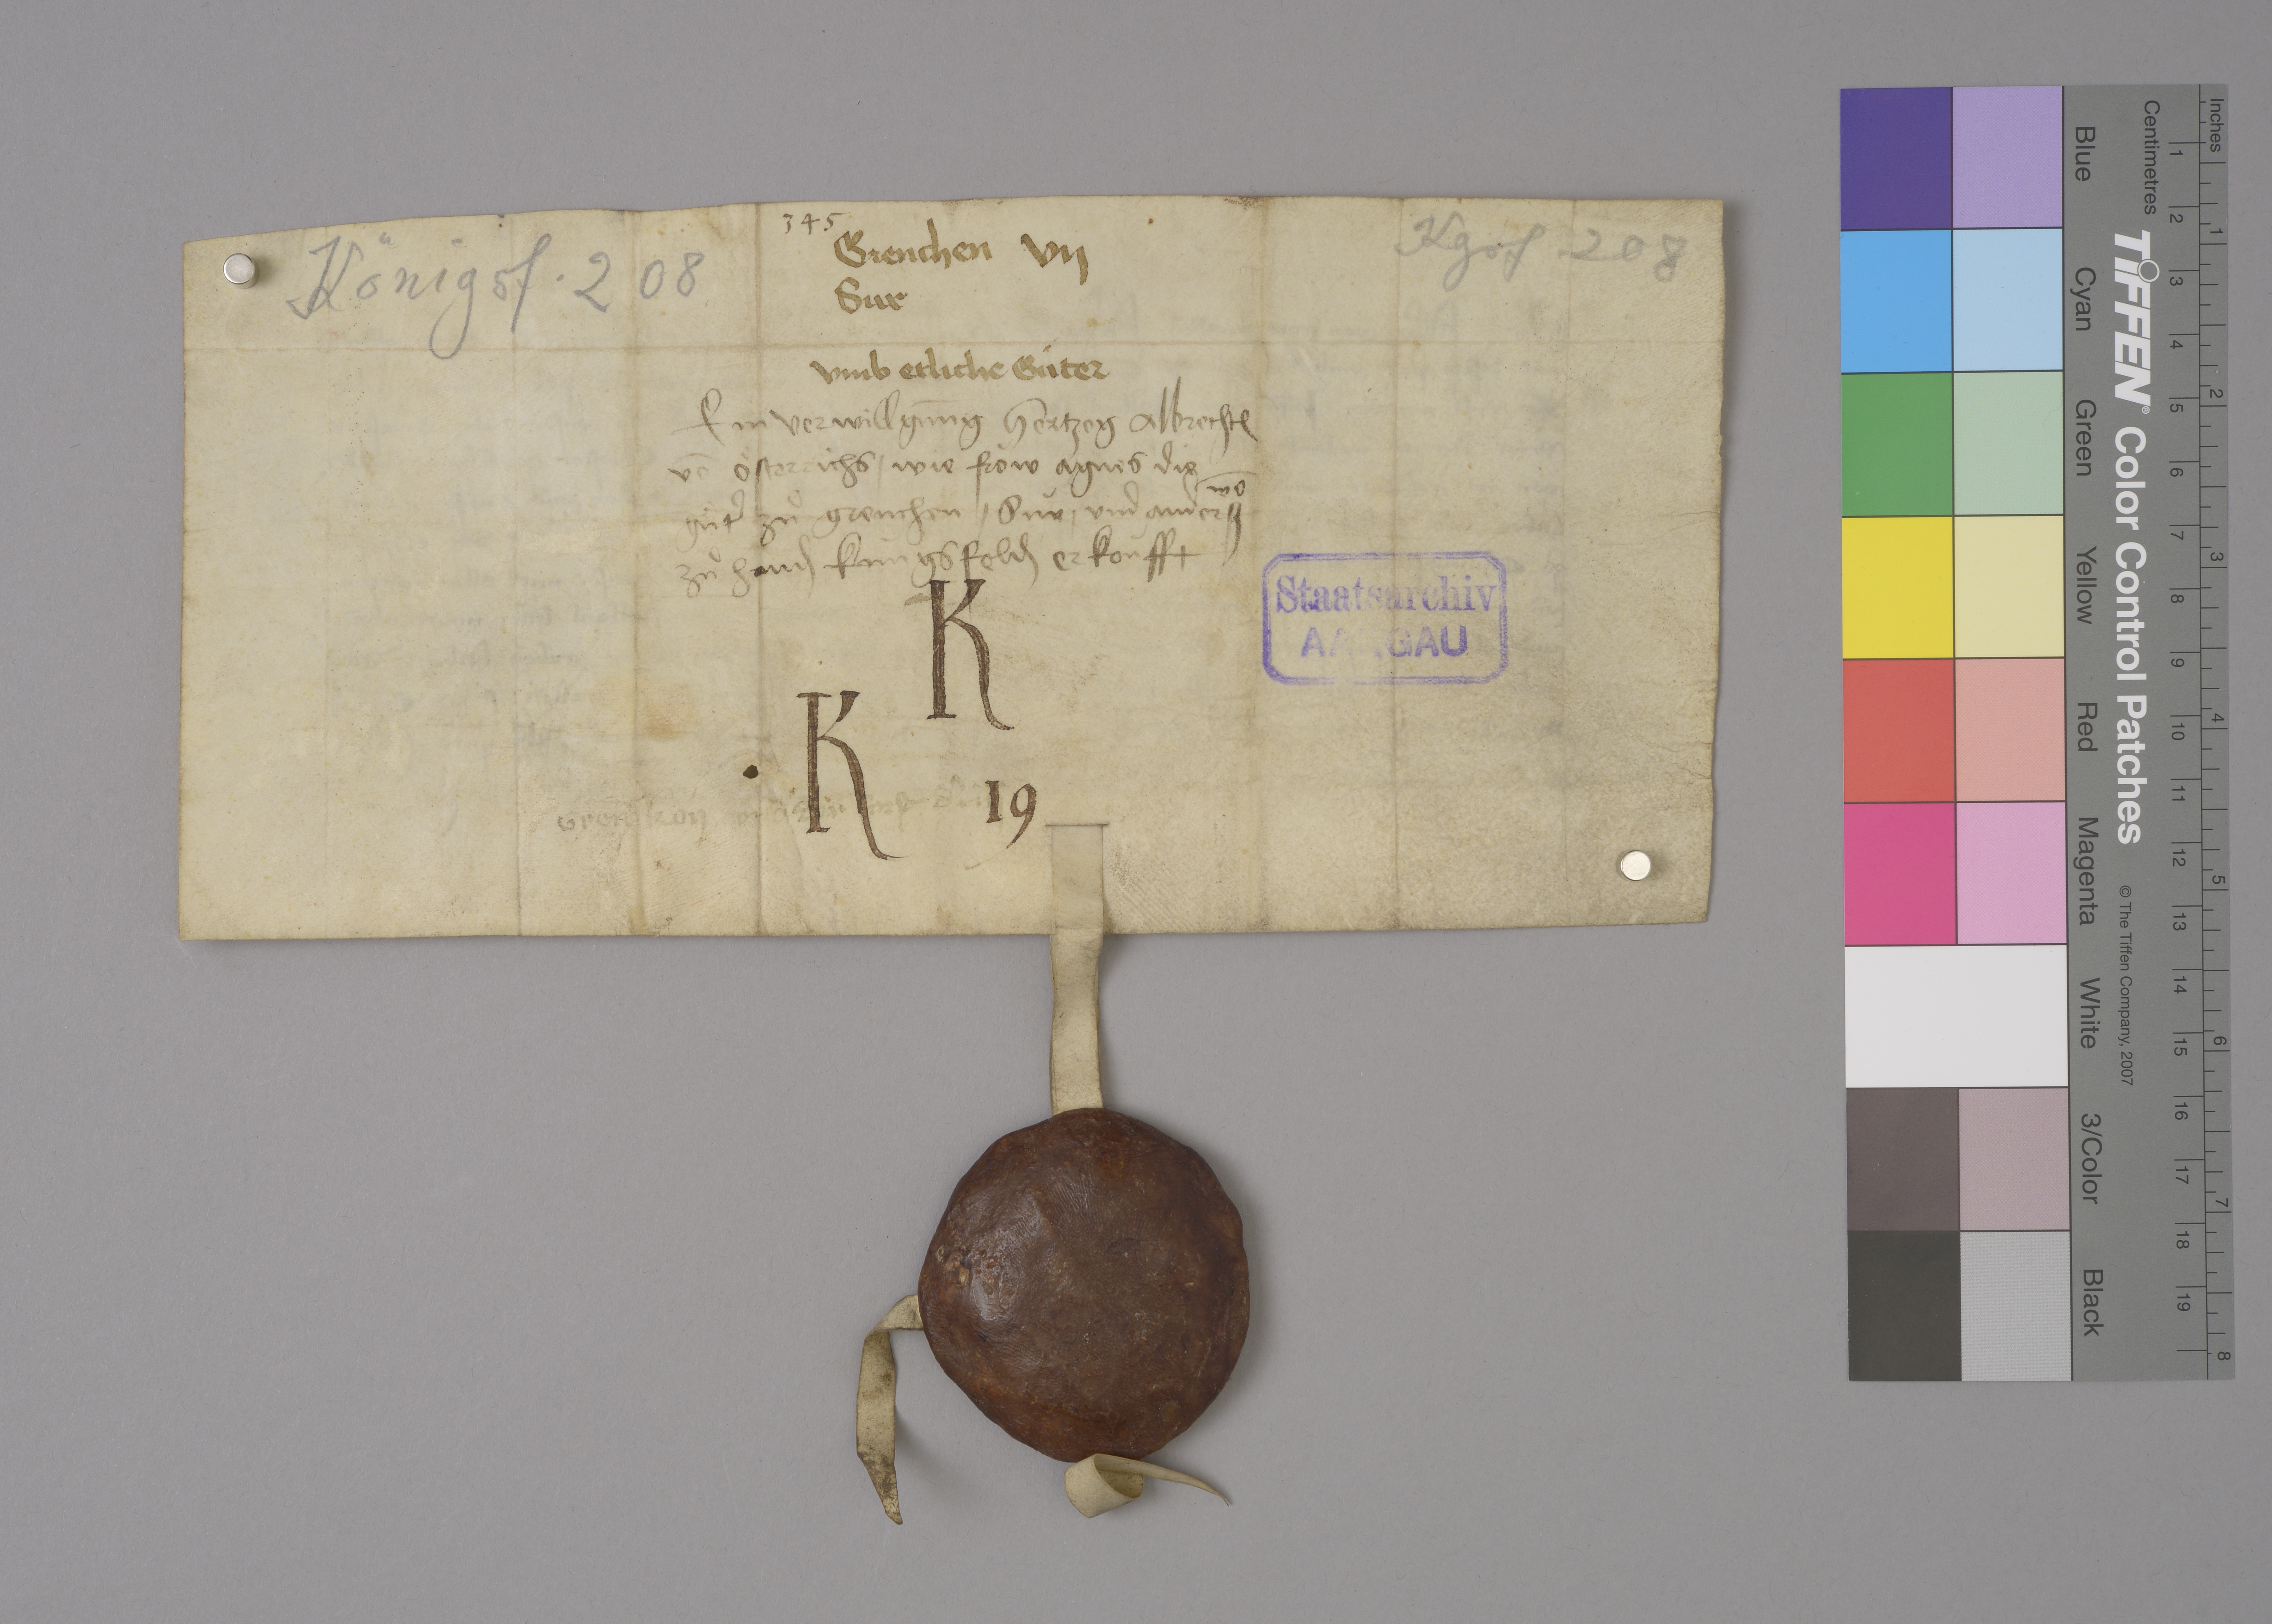
Transcription:
345

Kgsf. 208

Grenchen vij
Sur
umb etliche guͤter

Königsf. 208

ein verwillgùng hertzog Albrecht₎
vō Oͤsterrichs ✳ wie fròw Agnes die
guͤtˀ zuͦ Grenchen ✳ Sùr ✳ und andersz wo
zuͦ hand₎ Kùngsfeld₎ erkoùfft

Staatsarchiv
AARGAU

K
✳ K 19

Grenikon   dˀ ✳ iij